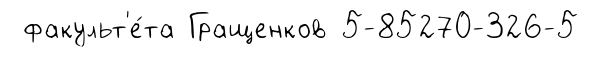
факульт'е́та Гращенков 5-85270-326-5